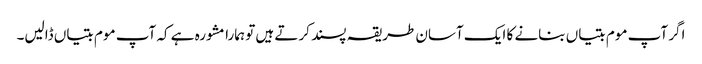
اگر آپ موم بتیاں بنانے کا ایک آسان طریقہ پسند کرتے ہیں تو ہمارا مشورہ ہے کہ آپ موم بتیاں ڈالیں۔